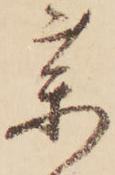
薬